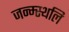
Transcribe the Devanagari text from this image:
जन्म्स्थलि